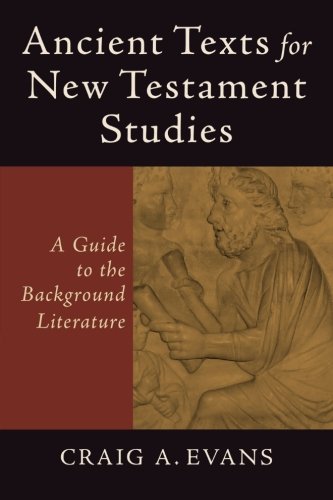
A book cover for Ancient Texts for New Testament Studies: A Guide to the Background Literature; Craig A. Evans; Religion & Spirituality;